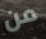
من